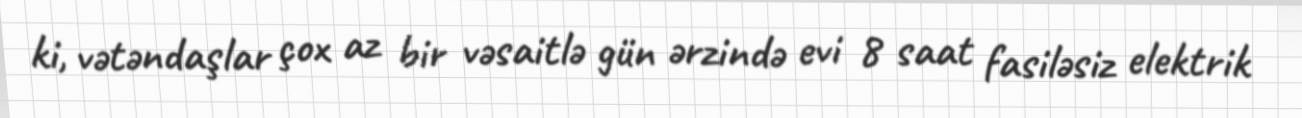
ki, vətəndaşlar çox az bir vəsaitlə gün ərzində evi 8 saat fasiləsiz elektrik